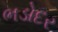
ભડોદર